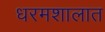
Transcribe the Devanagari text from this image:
धरमशालात